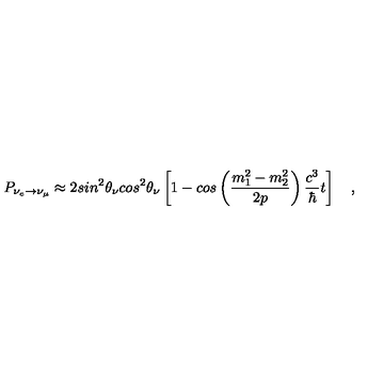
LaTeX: P _ { \nu _ { e } \rightarrow \nu _ { \mu } } \approx 2 s i n ^ { 2 } \theta _ { \nu } c o s ^ { 2 } \theta _ { \nu } \left[ 1 - c o s \left( \frac { m _ { 1 } ^ { 2 } - m _ { 2 } ^ { 2 } } { 2 p } \right) \frac { c ^ { 3 } } { \hbar } t \right] \quad ,